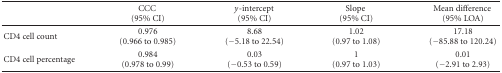
|  | CCC (95% CI) | y-intercept (95% CI) | Slope (95% CI) | Mean difference (95% LOA) |
 | --- | --- | --- | --- | --- |
 | CD4 cell count | 0.976 (0.966 to 0.985) | 8.68 (−5.18 to 22.54) | 1.02 (0.97 to 1.08) | 17.18 (−85.88 to 120.24) |
 | CD4 cell percentage | 0.984 (0.978 to 0.99) | 0.03 (−0.53 to 0.59) | 1 (0.97 to 1.03) | 0.01 (−2.91 to 2.93) |